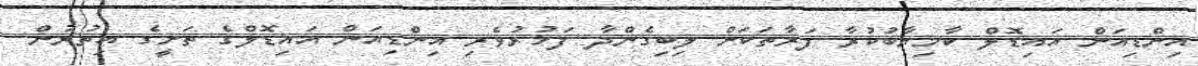
އިންޑިއަން އައިޑޮލް ކާމިޔާބުކުރާ ފަރާތަކަށް ލިބިގެންދާ ފަޚުރުވެރި އިންޑިއަން އައިޑޮލްގެ ތަށީގެ އިތުރުން